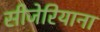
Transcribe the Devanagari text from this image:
सीजेरियाना